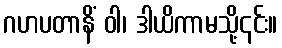
ဂဟပတာနိံ ဝါ၊ ဒါယိကာမသို့၎င်း။